Annual administration report of the Civil Veterinary Department of India - 1900-1901
Year: 1900
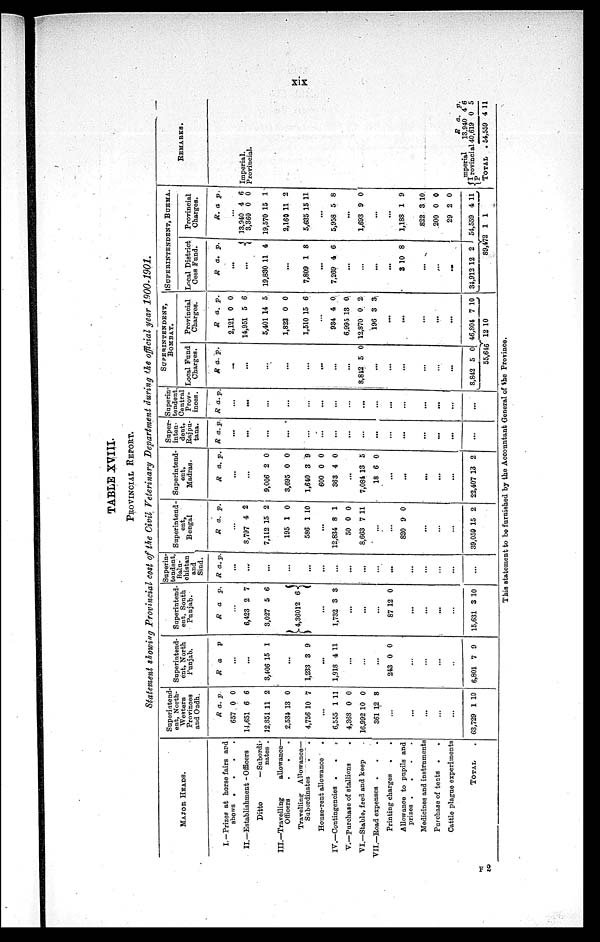
xix
TABLE XVIII.
PROVINCIAL REPORT.
Statement showing Provincial cost of the Civil Veterinary Department during the official year 1900-1901.
MAJOR HEADS.
I. —Prizes at horse fairs and
shows .
.
.
.
II.—Establishment - Officers
Ditto
—Subordi-
nates .
III.—Travelling
allowance-
Officers . . . .
Travelling Allowance—
Subordinates . . . .
House-rent allowance
.
IV.—Contingencies . . .
V.—Purchase of stallions
.
VI.—Stable, feed and keep .
VII.—Road expenses . . .
Printing charges . .
Allowance to pupils and
prizes .
.
.
.
Medicines and instruments
Purchase of tents .
.
Cattle plague experiments
TOTAL ..
Superintend-
ent, North-
Western
Provinces
and Oudh.
R
657
14,651
12,851
2,534
4,756
a.
0
6
11
13
10
p.
0
6
2
0
7
...
6,555
4,368
16,992
361
1
0
10
12
11
0
0
8
...
...
...
...
...
63,729 1 10
Superintend-
ent, North
Punjab.
R a . p.
...
...
3,406 15 1
...
1,233 3 9
...
1,918 4 11
...
...
...
243 0 0
...
...
...
...
6,801 7 9
Superintend-
ent, South
Punjab.
R a. p.
...
6,423
3,027
4,360
2
5
12
7
6
6
...
1,732 3 3
...
...
...
87 12 0
...
...
...
...
15,631 3 1 0
Superin-
tendent,
Balu-
chistan
and
Sind.
R a. p.
...
...
...
...
...
...
...
...
...
...
...
...
...
...
...
...
Superintend-
ent,
Bengal.
R a. p.
...
8,797
7,112
195
586
4
15
1
1
2
2
0
10
...
12,834
50
8,663
8
0
7
1
0
11
...
...
820 9 0
...
...
...
39,059 15 2
Superintend-
ent,
Madras.
R a. p.
...
...
9,006
3,695
1,640
600
363
2
0
3
0
4
0
0
9
0
0
...
7,084
18
13
6
5
0
...
...
...
...
...
22,407 13 2
Super-
inten-
dent,
Rajpu-
tana.
R a. p.
...
...
...
...
...
...
...
...
...
...
...
...
...
...
...
...
Superin
tendent
Central
Prov-
inces.
R a. p.
...
...
...
...
...
...
...
...
...
...
...
...
...
... ...
...
SUPERINTENDENT,
BOMBAY.
Local Fund
Charges.
R a. p.
...
...
...
...
...
...
...
...
8,842 5 0
...
...
...
...
...
...
8,842 5 0
55,646
Provincial
Charges.
R
2,121
14,951
5,401
1,823
1,510
a.
0
5
14
0
15
p.
0
6
5
0
6
...
934
6,995
12,870
196
4
13
0
3
0
0
2
3
...
...
...
...
...
46,804
12
7 10
10
SUPERINTENDENT, BURMA.
Local District
Cess Fund.
R a. p.
...
...
19,830 11 4
...
7,809 1 8
...
7,269 4 6
...
...
...
...
3 10 8
...
.....
...
34,912 12 2
89,472
Provincial
Charges.
R . a p.
...
13,940
3,360
19,570
2,160
5,635
4
0
15
11
15
6
0
1
2
11
...
5,958 5 8
...
1,693 9 0
...
...
1,188
822
200
29
54,559
1
1
3
0
2
4
9
10
0
0
11
1
REMARKS.
Imperial.
Provincial.
Imperial
Povincial
TOTAL .
R
13,940
40,619
54,559
a.
4
0
4
p.
6
5
11
This statement to bo furnished by the Accountant General of the Province.
F 2